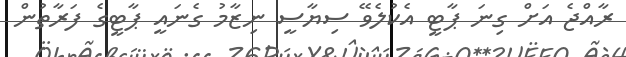
ރާއްޖެ އަށް ގިނަ ޕާޓީ އެކުލެވޭ ސިޔާސީ ނިޒާމު ގެނައީ ޕާޓީގެ ފަރާތުން